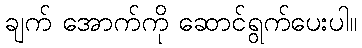
ချက် အောက်ကို ဆောင်ရွက်ပေးပါ။